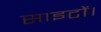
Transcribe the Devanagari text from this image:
साइटों।